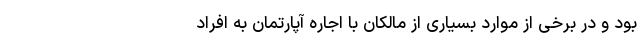
بود و در برخی از موارد بسیاری از مالکان با اجاره آپارتمان به افراد